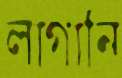
লাগানি